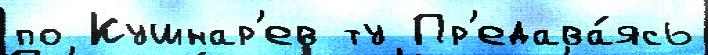
по Кушнар'ев ту Пр'едава́ясь